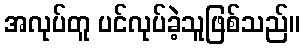
အလုပ်တူ ပင်လုပ်ခဲ့သူဖြစ်သည်။